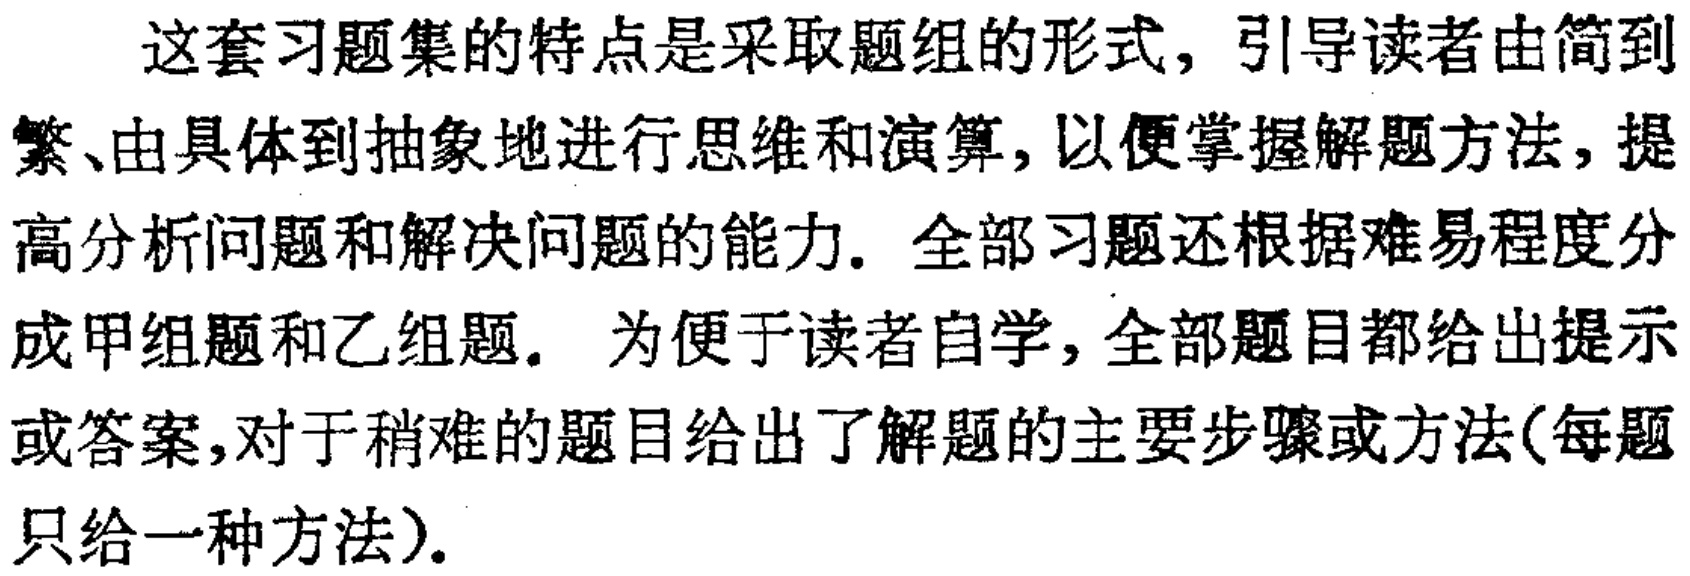
这套习题集的特点是采取题组的形式，引导读者由简到繁、由具体到抽象地进行思维和演算，以便掌握解题方法，提高分析问题和解决问题的能力. 全部习题还根据难易程度分成甲组题和乙组题. 为便于读者自学，全部题目都给出提示或答案，对于稍难的题目给出了解题的主要步骤或方法(每题只给一种方法).